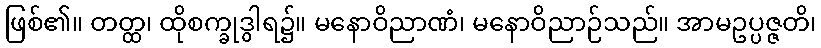
ဖြစ်၏။ တတ္ထ၊ ထိုစက္ခုဒွါရ၌။ မနောဝိညာဏံ၊ မနောဝိညာဉ်သည်။ အာမဥပ္ပဇ္ဇတိ၊